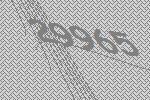
29965